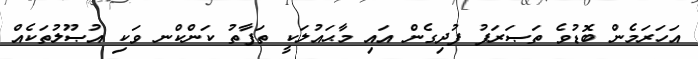
އަހަރަމެން ބޮޑުވެ ތަޞަރަފު ފުދިގެން އައި މާޙައުލަކީ ތަފާތު ކަންކްނ ވަކި އުޞޫލުތަކެއް